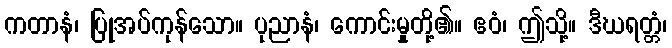
ကတာနံ၊ ပြုအပ်ကုန်သော။ ပုညာနံ၊ ကောင်းမှုတို့၏။ ဧဝံ၊ ဤသို့။ ဒီဃရတ္တံ၊